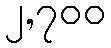
၂,၇၀၀